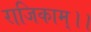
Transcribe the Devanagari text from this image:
राजिकाम्।।